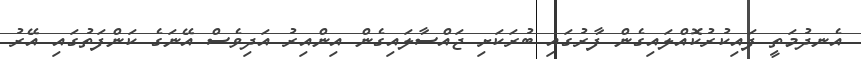
އެނދުމަތީ ފައިކުރުކޮއްލައިގެން ފާރުގައި ބުރަކަށި ޖައްސާލައިގެން އިންއިރު އަދިވެސް އޭނަގެ ކަންފަތުގައި އޭރު